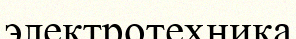
электротехника